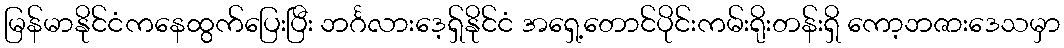
မြန်မာနိုင်ငံကနေထွက်ပြေးပြီး ဘင်္ဂလားဒေ့ရှ်နိုင်ငံ အရှေ့တောင်ပိုင်းကမ်းရိုးတန်းရှိ ကော့ဘဇားဒေသမှာ